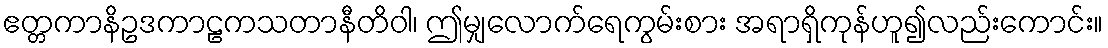
ဧတ္တကာနိဥဒကာဠကသတာနီတိဝါ၊ ဤမျှလောက်ရေကွမ်းစား အရာရှိကုန်ဟူ၍လည်းကောင်း။